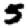
Digit: 5